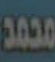
محمد